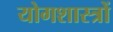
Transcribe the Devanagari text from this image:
योगशास्त्रों